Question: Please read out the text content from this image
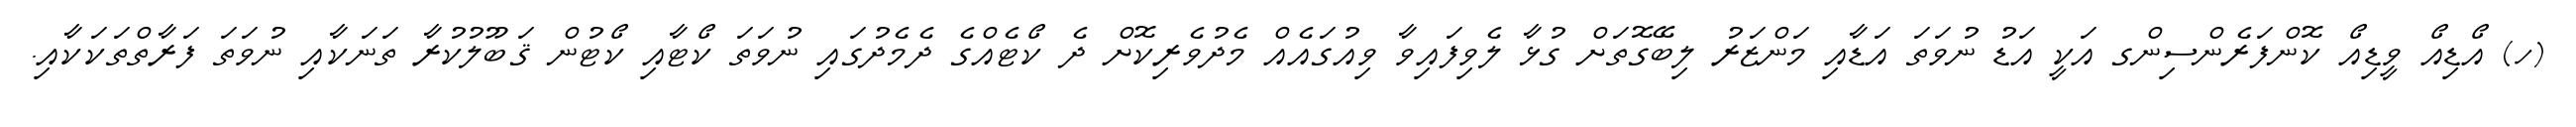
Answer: (ހ) އޯޑިއޯ ވީޑިއޯ ކޮންފަރެންސިންގ އަކީ އަޑު ނުވަތަ އަޑާއި މަންޒަރު ލިބޭގޮތަށް ގުޅާ ލެވިފައިވާ ވިއުގައެއް މެދުވެރިކޮށް ދެ ކޯޓެއްގެ ދެމެދުގައި ނުވަތަ ކޯޓާއި ކޯޓުން ޤަބޫލުކުރާ ތަނަކާއި ނުވަތަ ފަރާތްތަކަކާއި.